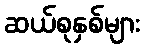
ဆယ်စုနှစ်များ